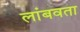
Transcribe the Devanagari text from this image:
लांबवता